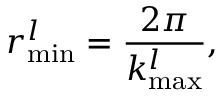
r _ { \mathrm { m i n } } ^ { l } = \frac { 2 \pi } { k _ { \mathrm { m a x } } ^ { l } } ,